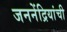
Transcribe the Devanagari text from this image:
जननेंद्रियांची